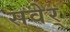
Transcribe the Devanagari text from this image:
सवेर्